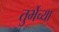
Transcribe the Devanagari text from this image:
तुर्भेच्या